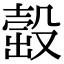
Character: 𣪹